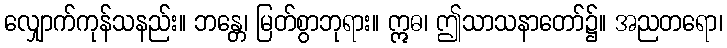
လျှောက်ကုန်သနည်း။ ဘန္တေ၊ မြတ်စွာဘုရား။ ဣဓ၊ ဤသာသနာတော်၌။ အညတရော၊